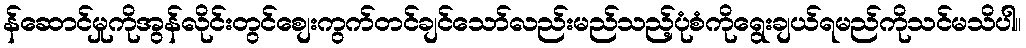
န်ဆောင်မှုကိုအွန်လိုင်းတွင်စျေးကွက်တင်ချင်သော်လည်းမည်သည့်ပုံစံကိုရွေးချယ်ရမည်ကိုသင်မသိပါ။